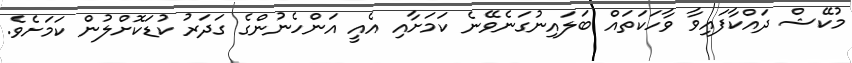
މުކޭޝް ދައްކާފައިވާ ވާހަކަތައް ބަލައިނުގަނެވޭނެ ކަމަށާއި އެއީ އަންހެނުންގެ ގަދަރު ކުޑަކޮށްލުން ކަމަށެވެ.